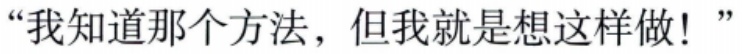
“我知道那个方法，但我就是想这样做！”